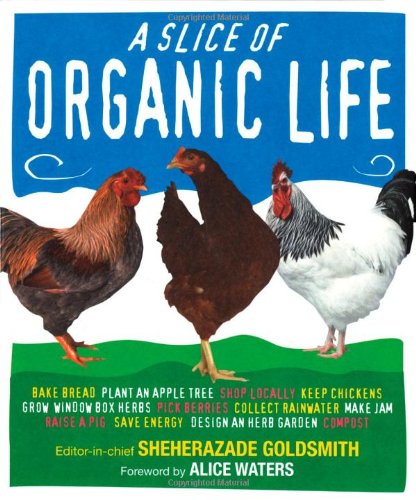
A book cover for Slice of Organic Life; Sheherazade Goldsmith; Crafts, Hobbies & Home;